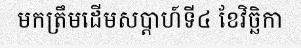
មកត្រឹមដើមសប្តាហ៍ទី៤ ខែវិច្ឆិកា